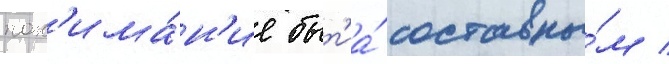
пон'има́н'ие быт'иа́ составны́м /